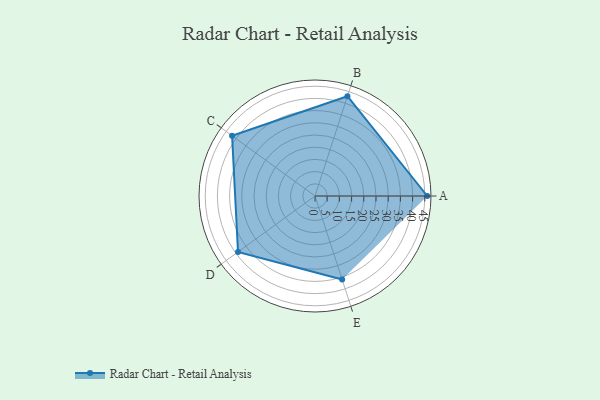
{"axis": {"x": "Skill", "y": "Score"}, "legend": ["Profile"], "data": [{"x": "A", "y": 46.0, "type": "Profile"}, {"x": "B", "y": 43.0, "type": "Profile"}, {"x": "C", "y": 42.0, "type": "Profile"}, {"x": "D", "y": 39.0, "type": "Profile"}, {"x": "E", "y": 36.0, "type": "Profile"}]}